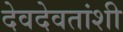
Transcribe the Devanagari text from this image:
देवदेवतांशी